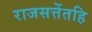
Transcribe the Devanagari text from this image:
राजसत्तेंतहि